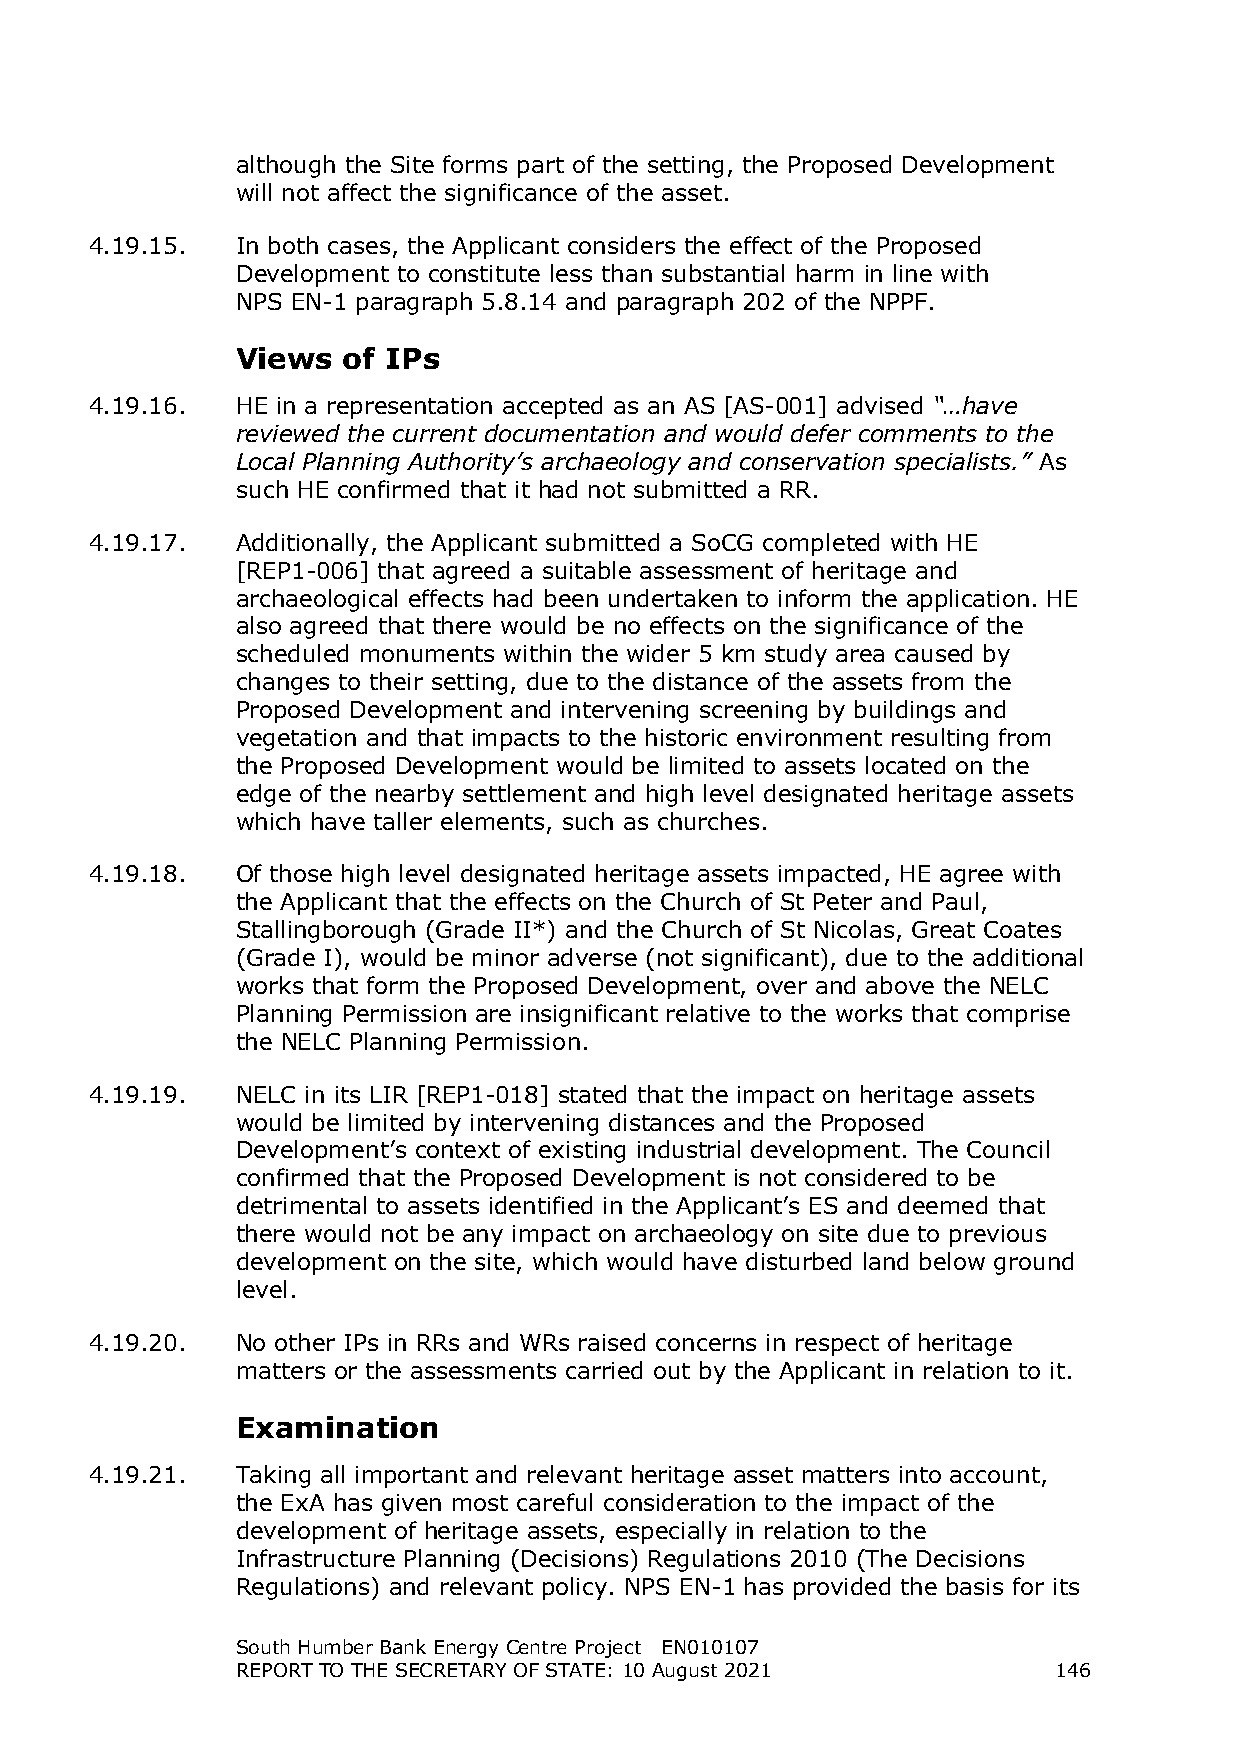
although the Site forms part of the setting, the Proposed Development
 will not affect the significance of the asset.
 4.19.15.  In both cases, the Applicant considers the effect of the Proposed
 Development to constitute less than substantial harm in line with
 NPS EN-1 paragraph 5.8.14 and paragraph 202 of the NPPF.
 Views  of IPs
 4.19.16.  HE in a representation accepted as an AS [AS-001] advised “…have
 reviewed the current documentation and would defer comments to the
 Local Planning Authority’s archaeology and conservation specialists.” As
 such HE confirmed that it had not submitted a RR.
 4.19.17.  Additionally, the Applicant submitted a SoCG completed with HE
 [REP1-006] that agreed a suitable assessment of heritage and
 archaeological effects had been undertaken to inform the application. HE
 also agreed that there would be no effects on the significance of the
 scheduled monuments within the wider 5 km study area caused by
 changes to their setting, due to the distance of the assets from the
 Proposed Development and intervening screening by buildings and
 vegetation and that impacts to the historic environment resulting from
 the Proposed Development would be limited to assets located on the
 edge of the nearby settlement and high level designated heritage assets
 which have taller elements, such as churches.
 4.19.18.  Of those high level designated heritage assets impacted, HE agree with
 the Applicant that the effects on the Church of St Peter and Paul,
 Stallingborough (Grade II*) and the Church of St Nicolas, Great Coates
 (Grade I), would be minor adverse (not significant), due to the additional
 works that form the Proposed Development, over and above the NELC
 Planning Permission are insignificant relative to the works that comprise
 the NELC Planning Permission.
 4.19.19.  NELC in its LIR [REP1-018] stated that the impact on heritage assets
 would be limited by intervening distances and the Proposed
 Development’s context of existing industrial development. The Council
 confirmed that the Proposed Development is not considered to be
 detrimental to assets identified in the Applicant’s ES and deemed that
 there would not be any impact on archaeology on site due to previous
 development on the site, which would have disturbed land below ground
 level.
 4.19.20.  No other IPs in RRs and WRs raised concerns in respect of heritage
 matters or the assessments carried out by the Applicant in relation to it.
 Examination
 4.19.21.  Taking all important and relevant heritage asset matters into account,
 the ExA has given most careful consideration to the impact of the
 development of heritage assets, especially in relation to the
 Infrastructure Planning (Decisions) Regulations 2010 (The Decisions
 Regulations) and relevant policy. NPS EN-1 has provided the basis for its
 South Humber Bank Energy Centre Project EN010107
 REPORT TO THE SECRETARY OF STATE: 10 August 2021      146